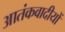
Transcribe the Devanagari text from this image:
आतंकवादीयों